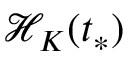
\mathcal { H } _ { K } ( t _ { * } )